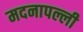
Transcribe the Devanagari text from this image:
मदनापल्ली